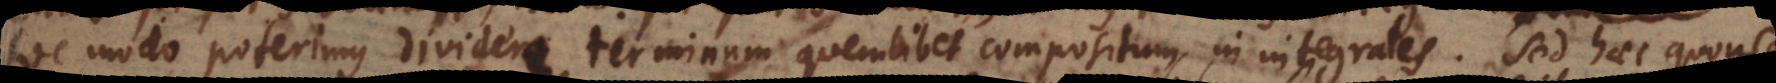
Hoc modo poterimus dividere terminum quemlibet compositum in integrales. Sed haec quousq